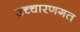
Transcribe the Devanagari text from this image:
उच्‍चारणगत